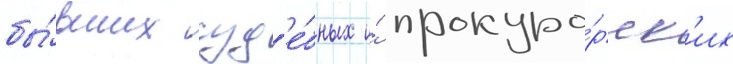
бы́вших суд'е́бных и́ прокуро́рск'их